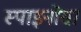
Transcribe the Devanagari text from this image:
स्पाइनोसा